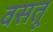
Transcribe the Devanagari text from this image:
वसतू